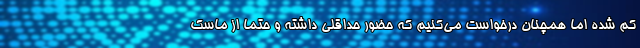
کم شده اما همچنان درخواست می‌کنیم که حضور حداقلی داشته و حتما از ماسک